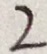
2